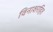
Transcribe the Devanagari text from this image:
विनाशरहित